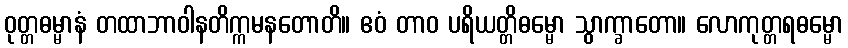
ဝုတ္တဓမ္မာနံ တထာဘာဝါနတိက္ကမနတောတိ။ ဧဝံ တာဝ ပရိယတ္တိဓမ္မော သွာက္ခာတော။ လောကုတ္တရဓမ္မော